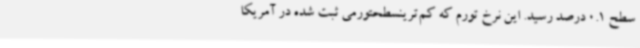
سطح 0.1 درصد رسید. این نرخ تورم که کم‌ترینسطحتورمی ثبت شده در آمریکا